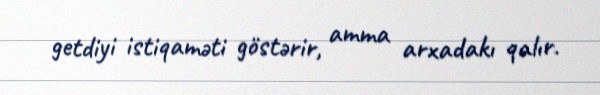
getdiyi istiqaməti göstərir, amma arxadakı qalır.